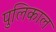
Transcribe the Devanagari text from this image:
पुलिकाल